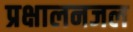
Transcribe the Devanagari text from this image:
प्रक्षालनजल